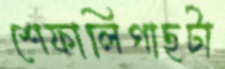
শেফালিগাছটা